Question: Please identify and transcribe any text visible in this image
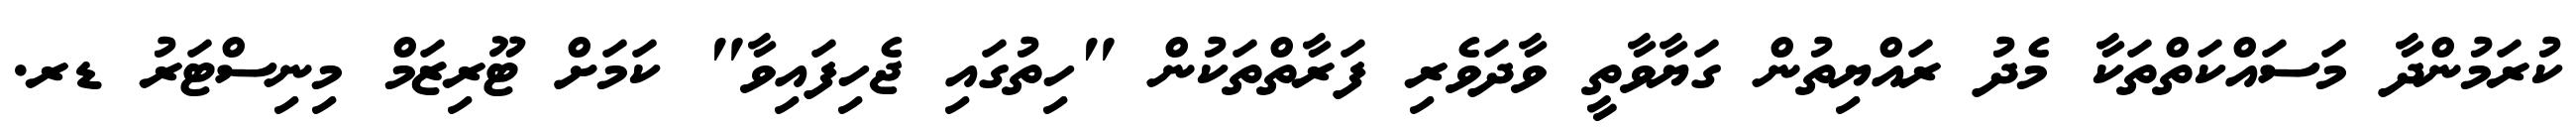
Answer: ކުރަމުންދާ މަސައްކަތްތަކާ މެދު ރައްޔިތުން ގަޔާވާތީ ވާދަވެރި ފަރާތްތަކުން "ހިތުގައި ޖެހިފައިވާ" ކަމަށް ޓޫރިޒަމް މިނިސްޓަރު ޑރ.